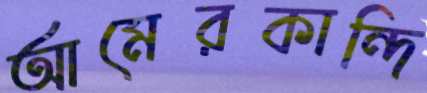
আমেরকান্দি